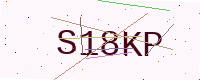
Text: S18KP